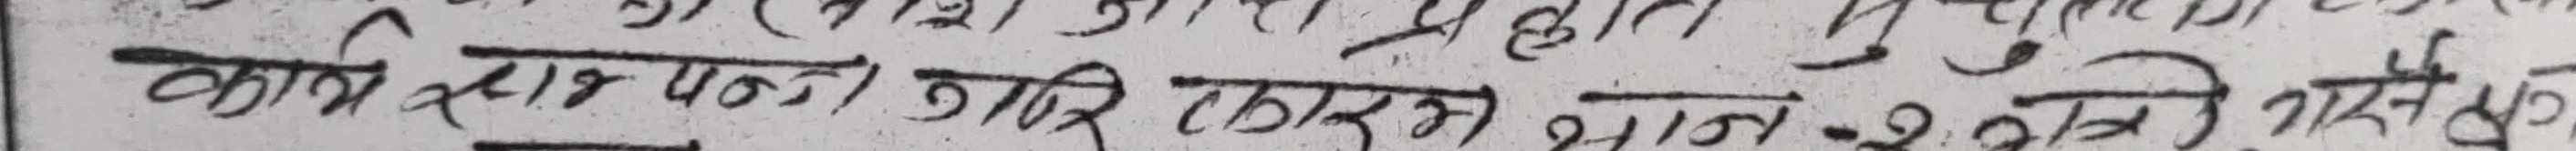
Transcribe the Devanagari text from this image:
काभि सार पन्टी जारि करकम भाग २ तेनि भनेको